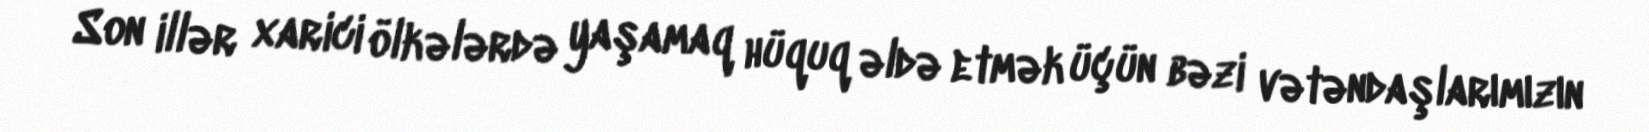
Son illər xarici ölkələrdə yaşamaq hüquq əldə etmək üçün bəzi vətəndaşlarımızın